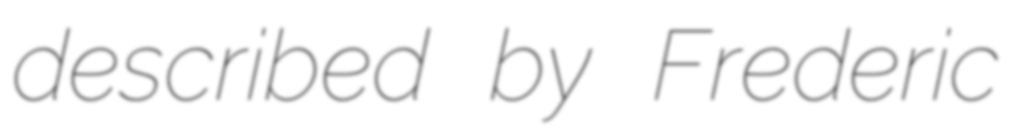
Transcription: described by Frederic